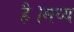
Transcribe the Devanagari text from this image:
है।मध्य